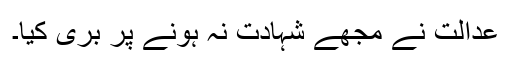
عدالت نے مجھے شہادت نہ ہونے پر بری کیا۔